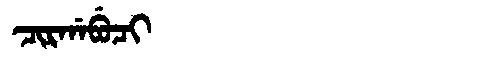
Manchu: ᠴᡳᡵᡤᠠᠪᡠᠴᡳ
Romanization: CIRGABUCI